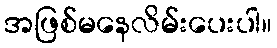
အဖြစ်မနေလိမ်းပေးပါ။